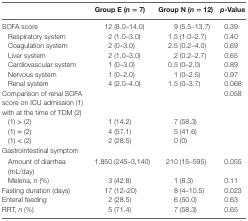
|  | Group E (n = 7) | Group N (n = 12) | p-Value |
 | --- | --- | --- | --- |
 | SOFA score | 12 (8.0–14.0) | 9 (5.5–13.7) | 0.39 |
 | Respiratory system | 2 (1.0–3.0) | 1.5 (1.0–2.7) | 0.40 |
 | Coagulation system | 2 (0–3.0) | 2.5 (0.2–4.0) | 0.69 |
 | Liver system | 2 (1.0–3.0) | 2 (0.2–2.7) | 0.65 |
 | Cardiovascular system | 1 (0–3.0) | 0.5 (0–2.0) | 0.89 |
 | Nervous system | 1 (0–2.0) | 1 (0–2.5) | 0.97 |
 | Renal system | 4 (2.0–4.0) | 1.5 (0–3.7) | 0.068 |
 | Comparison of renal SOFA score on ICU admission (1) with at the time of TDM (2) |  |  | 0.058 |
 | (1) > (2) | 1 (14.2) | 7 (58.3) |  |
 | (1) = (2) | 4 (57.1) | 5 (41.6) |  |
 | (1) < (2) | 2 (28.5) | 0 (0) |  |
 | <COLSPAN=4> Gastrointestinal symptom |
 | Amount of diarrhea (mL/day) | 1,850 (245–3,140) | 210 (15–595) | 0.055 |
 | Melena, n (%) | 3 (42.8) | 1 (8.3) | 0.11 |
 | Fasting duration (days) | 17 (12–20) | 8 (4–10.5) | 0.023 |
 | Enteral feeding | 2 (28.5) | 6 (50.0) | 0.63 |
 | RRT, n (%) | 5 (71.4) | 7 (58.3) | 0.65 |